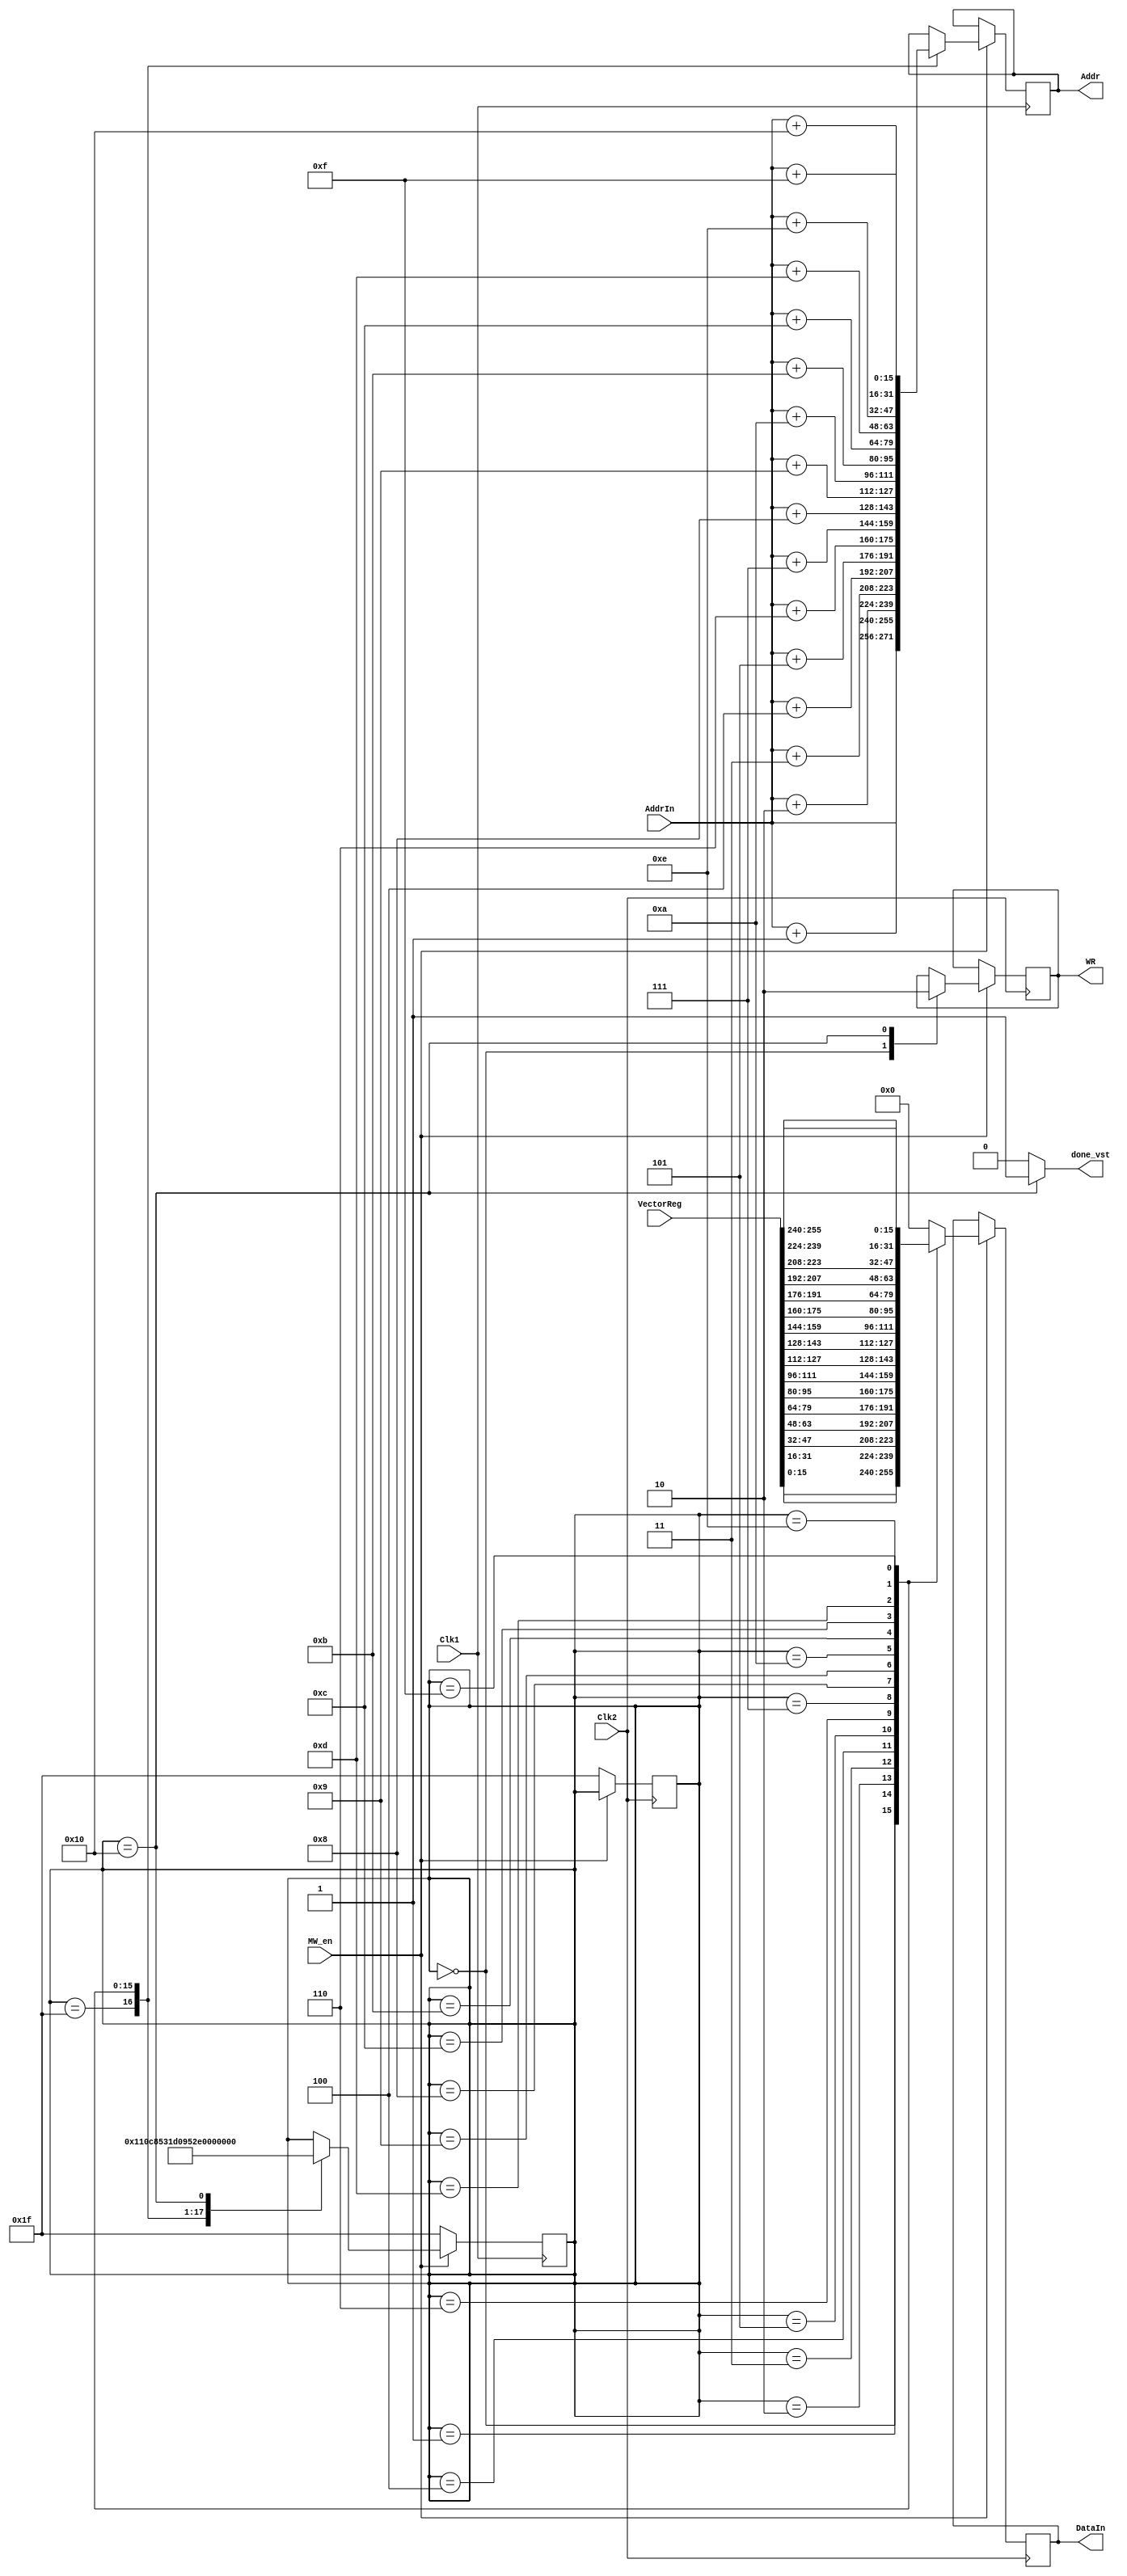
module Mem_Write (Addr, WR, DataIn, done_vst, Clk1, Clk2, MW_en, VectorReg, AddrIn);

output reg [15:0] Addr;
output reg WR;
output reg [15:0] DataIn;
output reg done_vst;
input Clk1, Clk2, MW_en;
input [255:0] VectorReg;
input [15:0] AddrIn;

reg [4:0] state;
//reg next_done_vst;


parameter S0	=	5'b00000;
parameter S1	=	5'b00001;
parameter S2	=	5'b00010;
parameter S3	=	5'b00011;
parameter S4	=	5'b00100;
parameter S5	=	5'b00101;
parameter S6	=	5'b00110;
parameter S7	=	5'b00111;
parameter S8	=	5'b01000;
parameter S9	=	5'b01001;
parameter S10	=	5'b01010;
parameter S11	=	5'b01011;
parameter S12	=	5'b01100;
parameter S13	=	5'b01101;
parameter S14	=	5'b01110;
parameter S15	=	5'b01111;
parameter S16	=	5'b10000;
parameter	S_Init	=	5'b11111;


always @ (posedge Clk1)
begin
	if (MW_en != 1)
	begin
		state <= S_Init;
	end
	else
	begin
		case (state)
			S_Init:	begin
								state <= S0;
								Addr <= AddrIn;
							end
			S0:	begin
						state <= S1;
						Addr <= AddrIn + 1;
					end
			S1:	begin
						state <= S2;
						Addr <= AddrIn + 2;
					end
			S2:	begin
						state <= S3;
						Addr <= AddrIn + 3;
					end
			S3:	begin
						state <= S4;
						Addr <= AddrIn + 4;
					end
			S4:	begin
						state <= S5;
						Addr <= AddrIn + 5;
					end
			S5:	begin
						state <= S6;
						Addr <= AddrIn + 6;
					end
			S6:	begin
						state <= S7;
						Addr <= AddrIn + 7;
					end
			S7:	begin
						state <= S8;
						Addr <= AddrIn + 8;
					end
			S8:	begin
						state <= S9;
						Addr <= AddrIn + 9;
					end
			S9:	begin
						state <= S10;
						Addr <= AddrIn + 10;
					end
			S10:	begin
							state <= S11;
							Addr <= AddrIn + 11;
						end
			S11:	begin
							state <= S12;
							Addr <= AddrIn + 12;
						end
			S12:	begin
							state <= S13;
							Addr <= AddrIn + 13;
						end
			S13:	begin
							state <= S14;
							Addr <= AddrIn + 14;
						end
			S14:	begin
							state <= S15;
							Addr <= AddrIn + 15;
						end
			S15:	begin
							state <= S16;
							Addr <= AddrIn + 16;
						end
			S16:	begin
							state <= S_Init;
						end
		endcase
	end
end

always @ (posedge Clk2)
begin
	if (MW_en != 1)
	begin
		state <= S_Init;
	end
	else
	begin
		case (state)
			S0:	begin
						WR <= 1;
						DataIn <= VectorReg[15:0];
					end
			S1:	begin
						DataIn <= VectorReg[31:16];
					end
			S2:	begin
						DataIn <= VectorReg[47:32];
					end
			S3:	begin
						DataIn <= VectorReg[63:48];
					end
			S4:	begin
						DataIn <= VectorReg[79:64];
					end
			S5:	begin
						DataIn <= VectorReg[95:80];
					end
			S6:	begin
						DataIn <= VectorReg[111:96];
					end
			S7:	begin
						DataIn <= VectorReg[127:112];
					end
			S8:	begin
						DataIn <= VectorReg[143:128];
					end
			S9:	begin
						DataIn <= VectorReg[159:144];
					end
			S10:	begin
							DataIn <= VectorReg[175:160];
						end
			S11:	begin
							DataIn <= VectorReg[191:176];
						end
			S12:	begin
							DataIn <= VectorReg[207:192];
						end
			S13:	begin
							DataIn <= VectorReg[223:208];
						end
			S14:	begin
							DataIn <= VectorReg[239:224];
						end
			S15:	begin
							DataIn <= VectorReg[255:240];
						end
			S16:	begin
							DataIn <= 16'h0000;
							WR <= 0;
						end
			default:	begin
									DataIn <= 16'h0000;
								end
		endcase
	end
end


always @ (state)
begin
	if (state == S16)
	begin
		done_vst = 1'b1;
	end
	else
	begin
		done_vst = 1'b0;
	end
end


endmodule